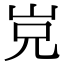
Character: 𡶢